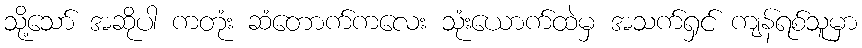
သို့သော် အဆိုပါ ကတုံး ဆံတောက်ကလေး သုံးယောက်ထဲမှ အသက်ရှင် ကျန်ရစ်သူမှာ